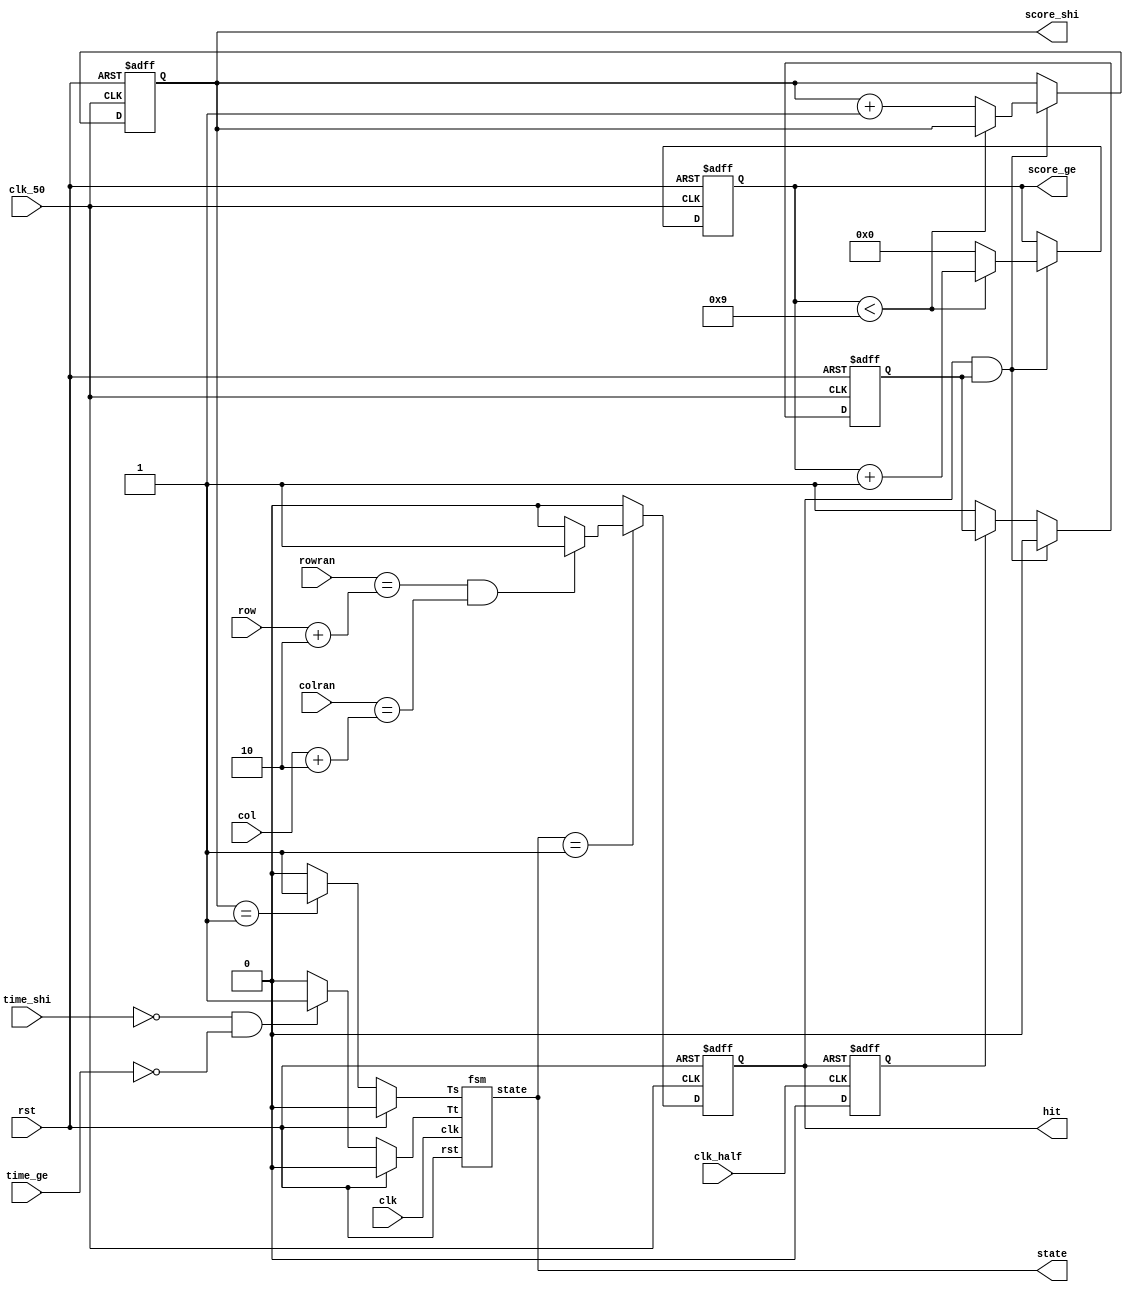
module controller(rowran,colran,row,col,time_shi,time_ge,clk,clk_50,clk_half,rst,hit,state,score_shi,score_ge);   //
input [2:0] rowran,colran,row,col;              //getrandomkeyboard_scan
input clk,clk_50,clk_half,rst;						//
input [3:0] time_shi,time_ge;                    //
output reg hit;                                  //
output [1:0] state;                              //fsm
output reg [3:0] score_shi,score_ge;             //
reg Ts,Tt;
reg flag;
reg hit_tmp;

fsm central_fsm(clk,rst,state,Ts,Tt);          //

always@(posedge clk_50 or posedge rst)
begin
	if(rst) begin
		hit=0;
	end
	else if(state==2'b01)                   //
	begin
		if((rowran==row+2)&&(colran==col+2))       //hit1
		begin
			hit=1;
		end
		else begin                      //hit0
			hit=0;
		end
	end
	else begin                          //hit=0
		hit=0;
	end
end

always @(posedge clk_half or posedge hit) //hit_tmp1(0.5Hz)
begin
 if(hit) hit_tmp=1;
 else hit_tmp=0;
end

always @(posedge clk_50 or posedge rst)
begin
	if(rst)                             //00
	begin
	 flag=1;
	 score_shi=0;
	 score_ge=0;
	end
	else if((hit==1)&&(flag==1)==1)      //(hit=1)flag=1
	begin
		if(score_ge<9)
		begin
		 score_ge=score_ge+1;
		 score_shi=score_shi;
		end
		else begin
		 score_ge=0;
		 score_shi=score_shi+1;
		end
		flag=0;                     //flag0
	end
	else begin
	 score_ge=score_ge;               //
	 score_shi=score_shi;
	 if(hit_tmp==0) flag=1;           //(hit0hit_tmp0)flag11
	 else flag=flag;                  //flag
	end
end

always @(score_shi or rst)
begin
	if(rst) Ts=0;
	else if(score_shi==1)                    //10Ts=1Ts=0
	Ts=1;
	else Ts=0;
end
always @(time_shi or time_ge or rst)
begin
	if(rst) Tt=0;
	else if(time_shi==0&&time_ge==0)              //Tt=1Tt=0
	Tt=1;
	else Tt=0;
end
endmodule

module fsm(clk,rst,state,Ts,Tt);		//
input clk,rst,Ts,Tt;
output [1:0] state;
reg [1:0] state,next_state;
parameter state0=2'b00,state1=2'b01,state2=2'b10,state3=2'b11;
//		  	   
always @(posedge clk or posedge rst)		//statenext_state
begin
	if(rst) state<=state0;                //state
	else state<=next_state;
end

always @(state or Ts or Tt or rst)
begin
	case(state)
	state0:begin
	if(!rst) next_state<=state1;        //
	else next_state<=state0;            //
	end
	state1:begin
	if(Ts) next_state<=state2;          //
	else if(Tt) next_state<=state3;  //
	else next_state<=state1;            //
	end
	state2:begin
	if(rst) next_state<=state0;         //
	else next_state<=state2;            //
	end
	state3:begin
	if(rst) next_state<=state0;         //
	else next_state<=state3;           //
	end
endcase
end

endmodule